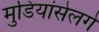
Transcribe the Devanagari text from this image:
मुडियांसेलगे